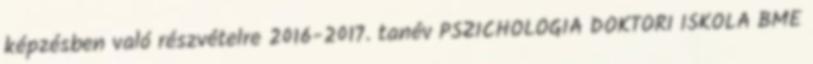
képzésben való részvételre 2016-2017. tanév PSZICHOLÓGIA DOKTORI ISKOLA BME